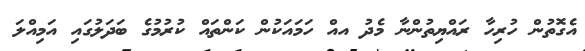
އެގޮތުން ހުރިހާ ރައްޔިތުންނާ މެދު އއް ހަމައަކުން ކަންތައް ކުރުމުގެ ބަދަލުގައި އަމިއްލަ